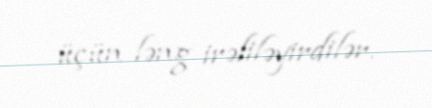
üçün ləng irəliləyirdilər.